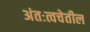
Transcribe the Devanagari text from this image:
अंतःत्वचेतील